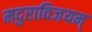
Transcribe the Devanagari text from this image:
मदुराविजयम्